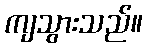
ကျသွားသည်။